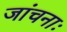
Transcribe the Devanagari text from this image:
जांचनाः